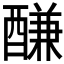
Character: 𨢑